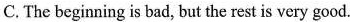
c.The beginning is bad, but the rest is very good